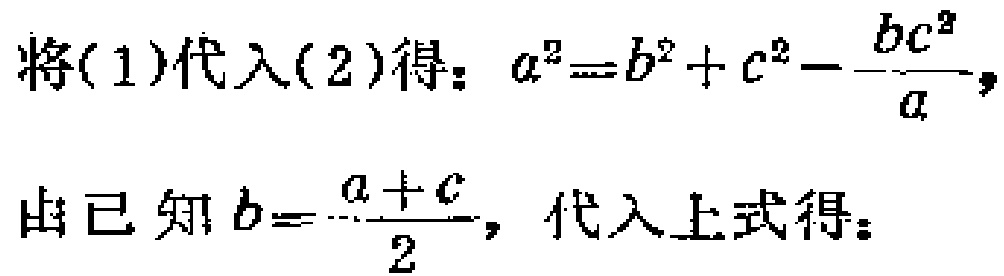
将(1)代入(2)得：\(a^{2}=b^{2}+c^{2}-\frac{bc^{2}}{a}\)，
由已知\(b = \frac{a + c}{2}\)，代入上式得：